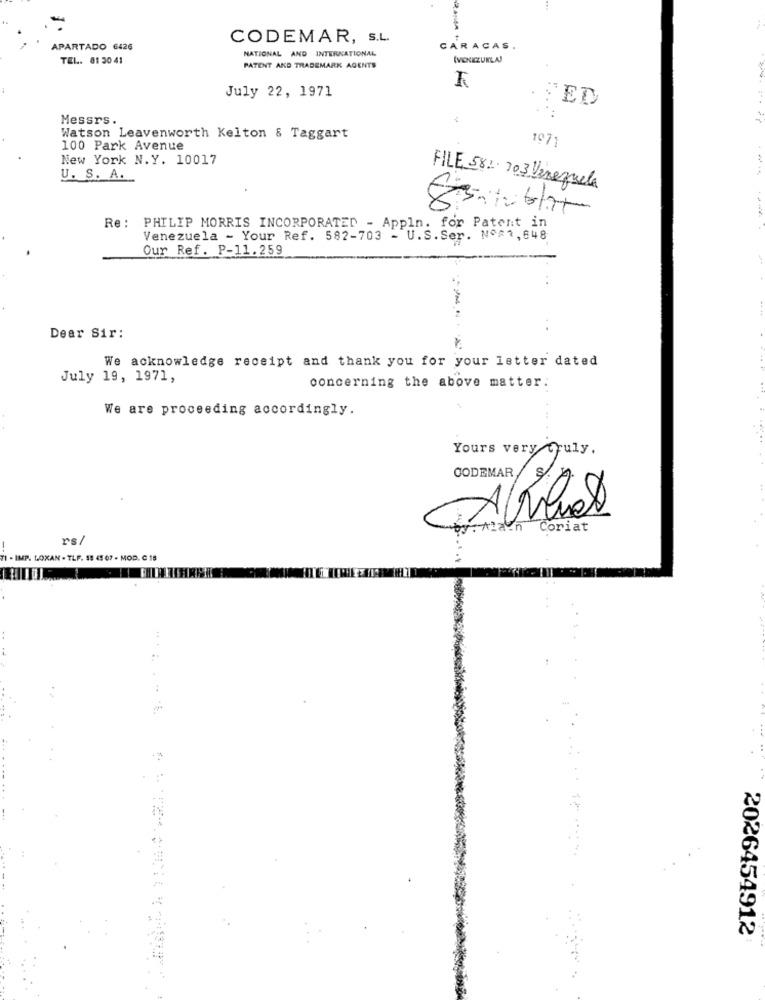
CODEMAR, S.L.
APARTADO 6426
NATIONAL AND INTERNATIONAL
CARACAS.
TEL. 81 30 41
(VENEZUELA)
PATENT AND TRADEMARK AGENTS
July 22, 1971
. : ED
Messrs.
Watson Leavenworth Kelton & Taggart
1971
100 Park Avenue
New York N.Y. 10017
U. S. A.
FILE 582. 703 Venezuela
Re : PHILIP MORRIS INCORPORATED - Appln. for Patent in
Venezuela - Your Ref. 582-703 - U.S.Ser. Nº21,648
Our Ref. P-11.259
Dear Sir:
We acknowledge receipt and thank you for your letter dated
July 19, 1971,
concerning the above matter:
We are proceeding accordingly.
Yours very truly.
CODEMAR /
Coriat
rs
--
1 - IMP. LOXAN - TLF. 58 45 07 - MOD. C 18
2026454912: